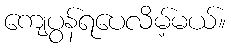
ကျေပွန်ရပေလိမ့်မယ်။